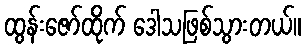
ထွန်းဇော်ထိုက် ဒေါသဖြစ်သွားတယ်။